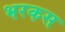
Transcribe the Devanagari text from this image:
भरकस